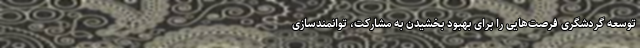
توسعه گردشگری فرصت‌هایی را برای بهبود بخشیدن به مشارکت، توانمندسازی